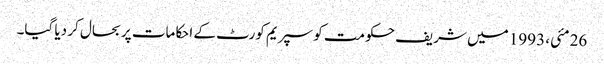
26 مئی، 1993 میں شریف حکومت کو سپریم کورٹ کے احکامات پر بحال کر دیا گیا۔